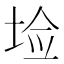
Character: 𰉱